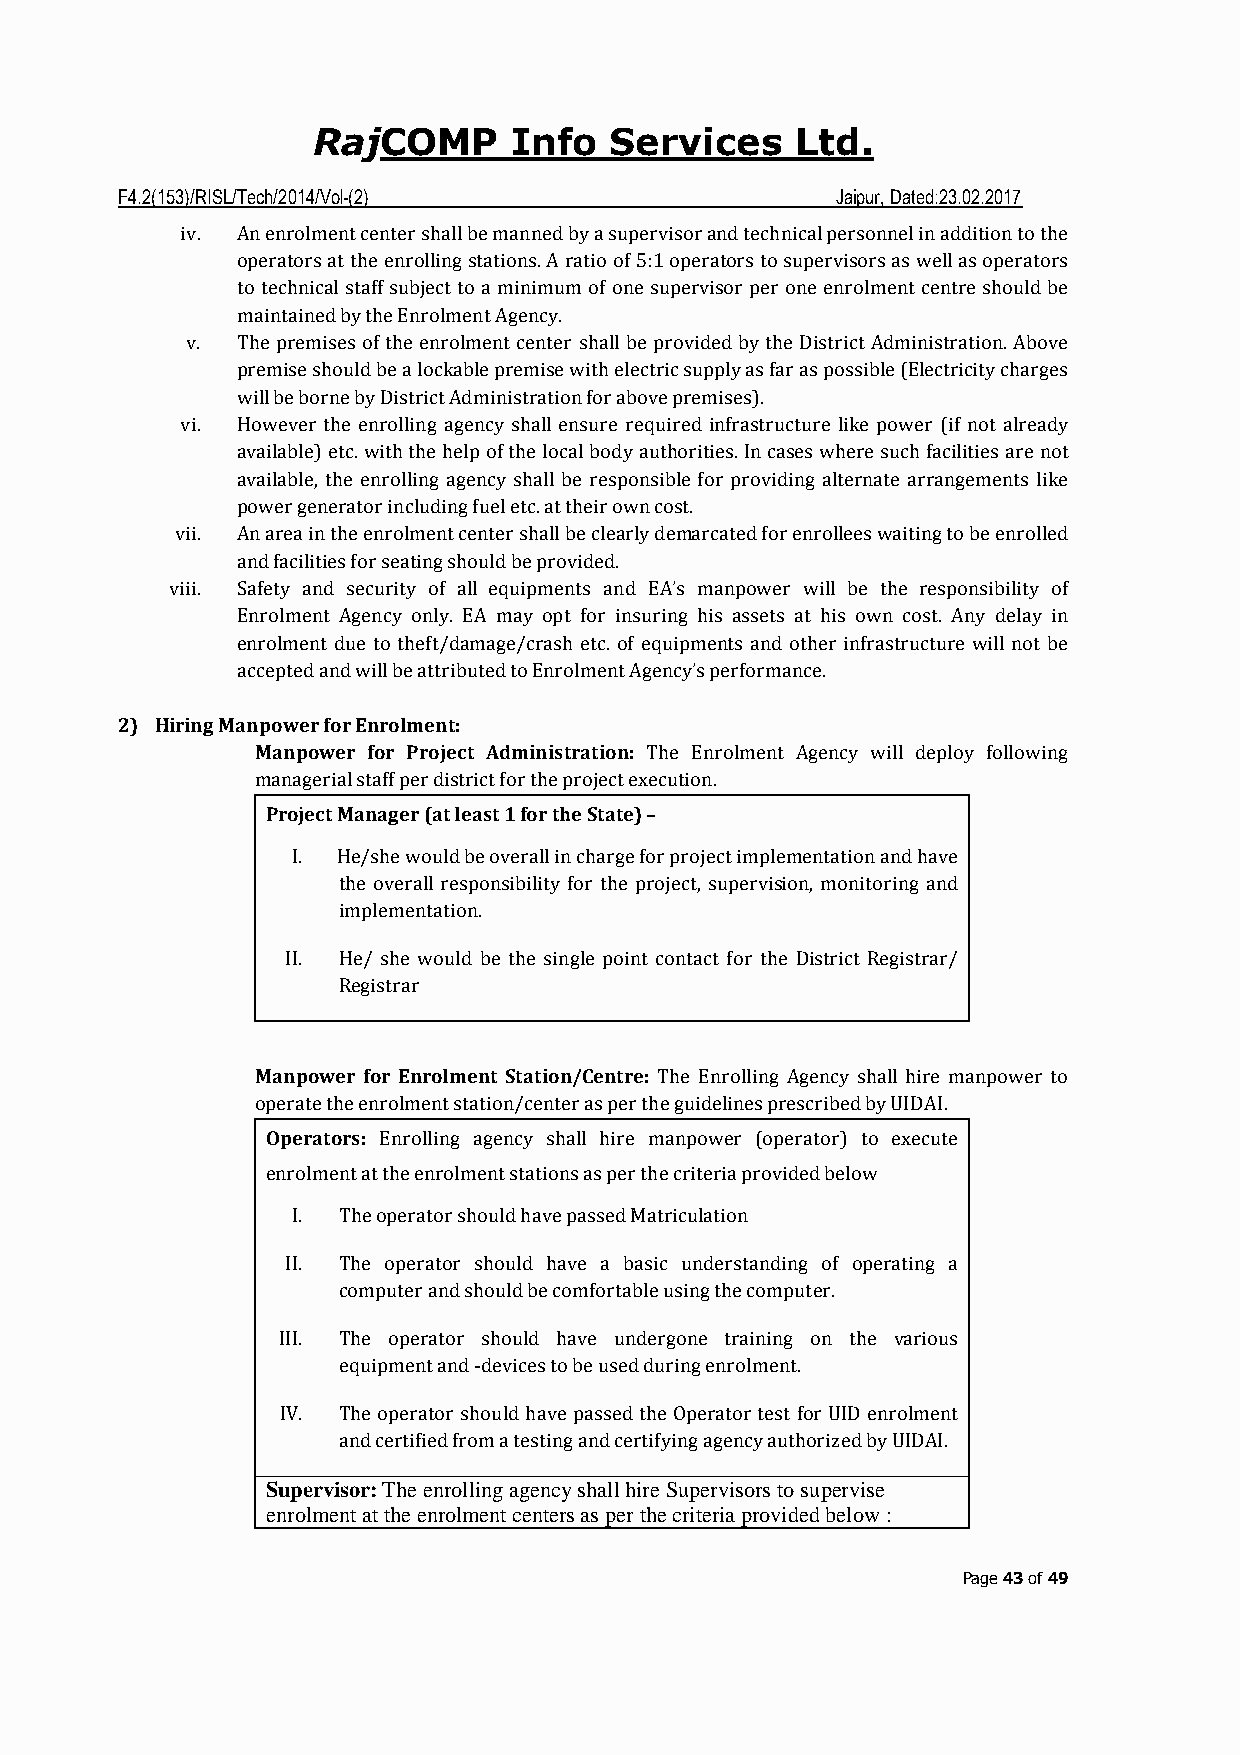
COMP     Info  Services     Ltd.
 Raj
 F4.2(153)/RISL/Tech/2014/Vol-(2)               Jaipur, Dated:23.02.2017
 iv. An enrolment center shall be manned by a supervisor and technical personnel in addition to the
 operators at the enrolling stations. A ratio of 5:1 operators to supervisors as well as operators
 to technical staff subject to a minimum of one supervisor per one enrolment centre should be
 maintained by the Enrolment Agency.
 v.  The premises of the enrolment center shall be provided by the District Administration. Above
 premise should be a lockable premise with electric supply as far as possible (Electricity charges
 will be borne by District Administration for above premises).
 vi. However the enrolling agency shall ensure required infrastructure like power (if not already
 available) etc. with the help of the local body authorities. In cases where such facilities are not
 available, the enrolling agency shall be responsible for providing alternate arrangements like
 power generator including fuel etc. at their own cost.
 vii. An area in the enrolment center shall be clearly demarcated for enrollees waiting to be enrolled
 and facilities for seating should be provided.
 viii. Safety and security of all equipments and EA’s manpower will be the responsibility of
 Enrolment Agency only. EA may opt for insuring his assets at his own cost. Any delay in
 enrolment due to theft/damage/crash etc. of equipments and other infrastructure will not be
 accepted and will be attributed to Enrolment Agency’s performance.
 2) Hiring Manpower for Enrolment:
 Manpower for Project Administration: The Enrolment Agency will deploy following
 managerial staff per district for the project execution.
 Project Manager (at least 1 for the State) –
 I. He/she would be overall in charge for project implementation and have
 the overall responsibility for the project, supervision, monitoring and
 implementation.
 II. He/ she would be the single point contact for the District Registrar/
 Registrar
 Manpower for Enrolment Station/Centre: The Enrolling Agency shall hire manpower to
 operate the enrolment station/center as per the guidelines prescribed by UIDAI.
 Operators: Enrolling agency shall hire manpower (operator) to execute
 enrolment at the enrolment stations as per the criteria provided below
 I. The operator should have passed Matriculation
 II. The operator should have a basic understanding of operating a
 computer and should be comfortable using the computer.
 III. The operator should have undergone training on the various
 equipment and ‐devices to be used during enrolment.
 IV. The operator should have passed the Operator test for UID enrolment
 and certified from a testing and certifying agency authorized by UIDAI.
 Supervisor: The enrolling agency shall hire Supervisors to supervise
 enrolment at the enrolment centers as per the criteria provided below :
 Page 43 of 49